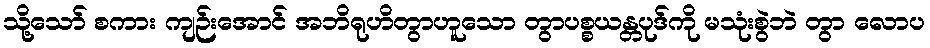
သို့သော် စကား ကျဉ်းအောင် အဘိရုဟိတွာဟူသော တွာပစ္စယန္တပုဒ်ကို မသုံးစွဲဘဲ တွာ လောပ